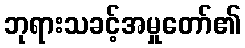
ဘုရားသခင့်အမှုတော်၏